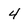
Character: 4